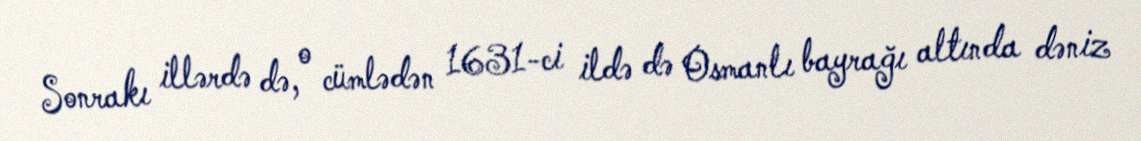
Sonrakı illərdə də, o cümlədən 1631-ci ildə də Osmanlı bayrağı altında dəniz